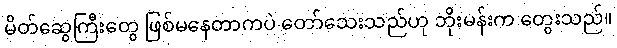
မိတ်ဆွေကြီးတွေ ဖြစ်မနေတာကပဲ တော်သေးသည်ဟု ဘိုးမန်းက တွေးသည်။